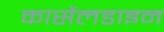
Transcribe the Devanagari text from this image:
कार्सेलडाइन